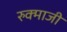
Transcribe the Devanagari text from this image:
रुक्माजी